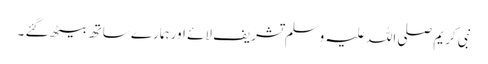
نبی کریم صلی اللہ علیہ وسلم تشریف لائے اور ہمارے ساتھ بیٹھ گئے ۔